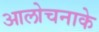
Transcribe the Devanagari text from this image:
आलोचनाके